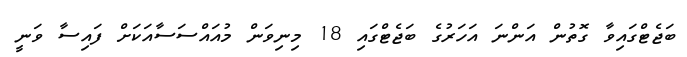
ބަޖެޓްގައިވާ ގޮތުން އަންނަ އަހަރުގެ ބަޖެޓްގައި 18 މިނިވަން މުއައްސަސާއަކަށް ފައިސާ ވަނީ